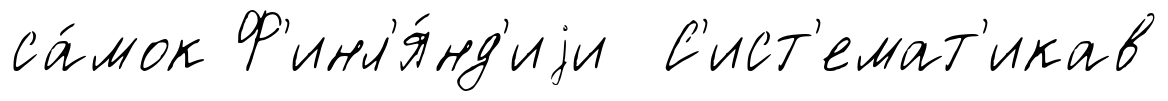
са́мок Ф'инл'я́нд'иjи С'ист'емат'икав